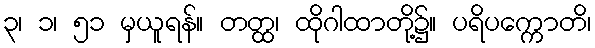
၃၊ ၁၊ ၅၁ မှယူရန်။ တတ္ထ၊ ထိုဂါထာတို့၌။ ပရိပက္ကောတိ၊